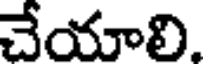
చేయాలి.